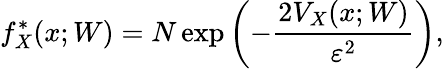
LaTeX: f_{X}^{*}(x;W)=N\, \mathrm{exp}\left(-\frac{2V_{X}(x;W)}{\varepsilon^{2}}\right),